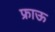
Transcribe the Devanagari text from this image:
फ्राऊ